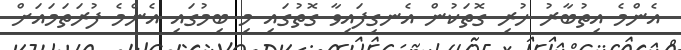
އެންމެ އިތުބާރު ހުރި ގޮތަކުން އެނގިފައިވާ ގޮތުގައި މި ބިމުގައި އެންމެ ފުރަތަމައަށް